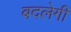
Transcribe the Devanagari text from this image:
बदलेगीं